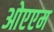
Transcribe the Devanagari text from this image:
ओएएम